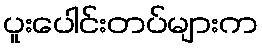
ပူးပေါင်းတပ်များက